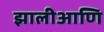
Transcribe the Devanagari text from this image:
झालीआणि